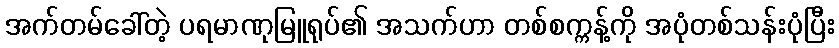
အက်တမ်ခေါ်တဲ့ ပရမာဏုမြူရုပ်၏ အသက်ဟာ တစ်စက္ကန့်ကို အပုံတစ်သန်းပုံပြီး